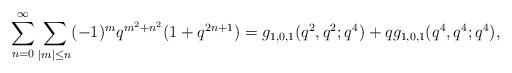
LaTeX: \begin{align*}\sum_{n=0}^\infty \sum_{|m|\leq n}(-1)^{m}q^{m^2+n^2}(1+q^{2n+1}) = g_{1,0,1}(q^2,q^2;q^4)+qg_{1,0,1}(q^4,q^4;q^4),\end{align*}